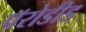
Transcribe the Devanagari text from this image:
पॅरोडीड